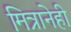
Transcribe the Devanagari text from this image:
मित्रानेही